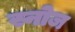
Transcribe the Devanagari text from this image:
स्नोज